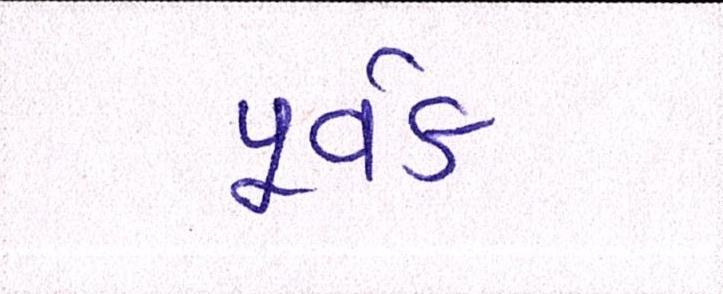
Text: પૂર્વક